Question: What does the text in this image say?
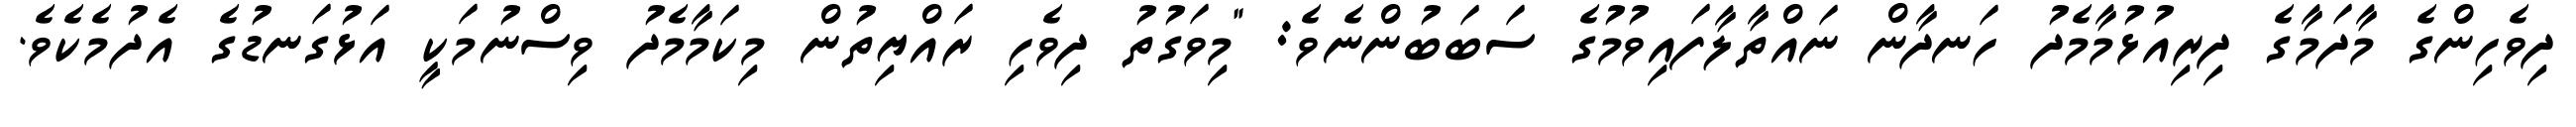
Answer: ދިވެހިންގެ މާދަމާގެ ދިރިއުޅުމާމެދު ހަނދާން ނައްތާލާފައިވުމުގެ ސަބަބުންނެވެ: "މިވަގުތު ދިވެހި ރައްޔިތުން މިކަމާމެދު ވިސްނުމަކީ އަޅުގަނޑުގެ އެދުމެކެވެ.